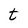
Character: t